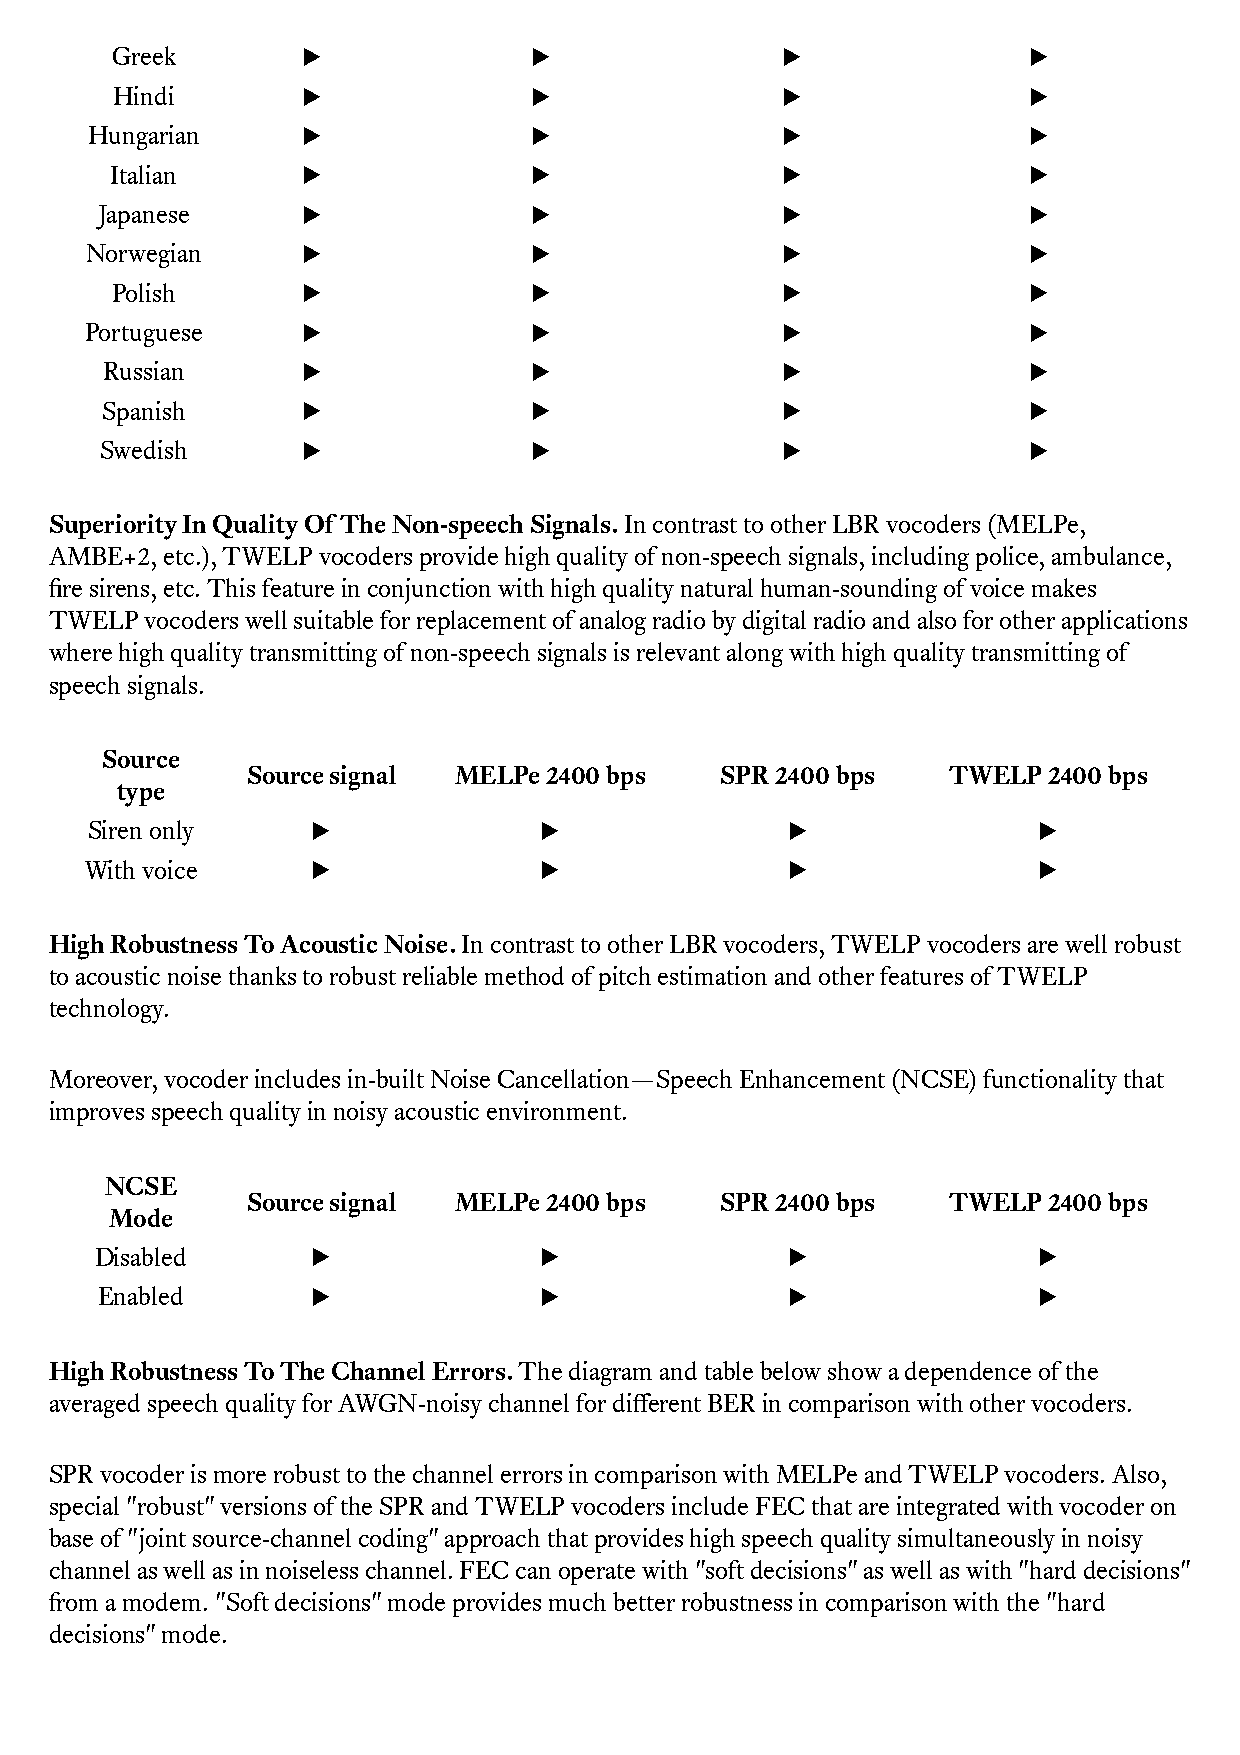
Greek        !              !                !               !
 Hindi        !              !                !               !
 Hungarian     !              !                !               !
 Italian      !              !                !               !
 Japanese      !              !                !               !
 Norwegian     !              !                !               !
 Polish       !              !                !               !
 Portuguese    !              !                !               !
 Russian      !              !                !               !
 Spanish      !              !                !               !
 Swedish      !              !                !               !
 Superiority In Quality Of The Non-speech Signals. In contrast to other LBR vocoders (MELPe,
 AMBE+2, etc.), TWELP vocoders provide high quality of non-speech signals, including police, ambulance,
 fire sirens, etc. This feature in conjunction with high quality natural human-sounding of voice makes
 TWELP  vocoders well suitable for replacement of analog radio by digital radio and also for other applications
 where high quality transmitting of non-speech signals is relevant along with high quality transmitting of
 speech signals.
 Source
 Source signal MELPe 2400 bps    SPR 2400 bps   TWELP 2400 bps
 type
 Siren only     !              !               !                !
 With voice     !              !               !                !
 High Robustness To Acoustic Noise. In contrast to other LBR vocoders, TWELP vocoders are well robust
 to acoustic noise thanks to robust reliable method of pitch estimation and other features of TWELP
 technology.
 Moreover, vocoder includes in-built Noise Cancellation—Speech Enhancement (NCSE) functionality that
 improves speech quality in noisy acoustic environment.
 NCSE
 Source signal MELPe 2400 bps    SPR 2400 bps   TWELP 2400 bps
 Mode
 Disabled       !              !               !                !
 Enabled        !              !               !                !
 High Robustness To The Channel Errors. The diagram and table below show a dependence of the
 averaged speech quality for AWGN-noisy channel for different BER in comparison with other vocoders.
 SPR vocoder is more robust to the channel errors in comparison with MELPe and TWELP vocoders. Also,
 special "robust" versions of the SPR and TWELP vocoders include FEC that are integrated with vocoder on
 base of "joint source-channel coding" approach that provides high speech quality simultaneously in noisy
 channel as well as in noiseless channel. FEC can operate with "soft decisions" as well as with "hard decisions"
 from a modem. "Soft decisions" mode provides much better robustness in comparison with the "hard
 decisions" mode.